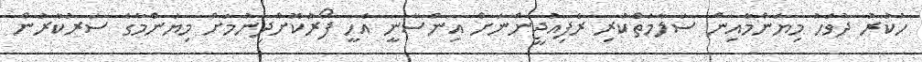
ހުކުރު ދުވަހު މިޔަންމާއިން ސަލާމަތްކުރި ރެފިއުޖީންނަށް އިންސާނީ އެހީ ފޯރުކޮށްދިނުމަށް މިޔަންމާގެ ސަރުކާރުން